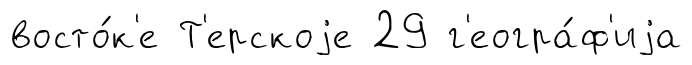
восто́к'е Т'ерскоjе 29 г'еогра́ф'иjа